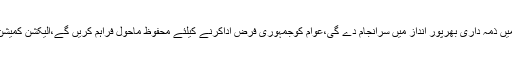
ترجمان پاک فوج نے کہا کہ فوج انتخابات میں ذمہ داری بھرپور انداز میں سرانجام دے گی،عوام کوجمہوری فرض اداکرنے کیلئے محفوظ ماحول فراہم کریں گے،الیکشن کمیشن نے آئین کے تحت معاونت حاصل کی ہے۔